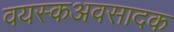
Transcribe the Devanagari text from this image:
वयस्कअवसादक